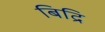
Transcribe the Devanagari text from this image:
बिद्रि